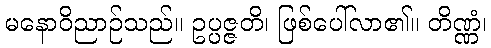
မနောဝိညာဉ်သည်။ ဥပ္ပဇ္ဇတိ၊ ဖြစ်ပေါ်လာ၏။ တိဏ္ဏံ၊